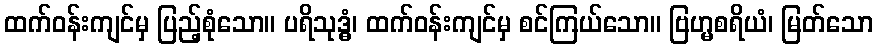
ထက်ဝန်းကျင်မှ ပြည့်စုံသော။ ပရိသုဒ္ဓံ၊ ထက်ဝန်းကျင်မှ စင်ကြယ်သော။ ဗြဟ္မစရိယံ၊ မြတ်သော